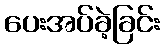
ပေးအပ်ခဲ့ခြင်း